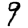
Digit: 9